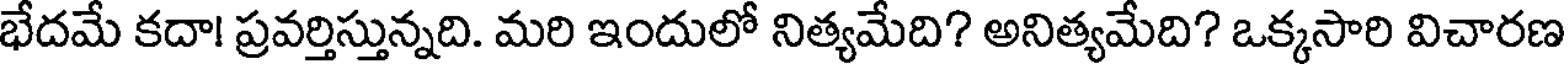
భేదమే కదా! ప్రవర్తిస్తున్నది. మరి ఇందులో నిత్యమేది? అనిత్యమేది? ఒక్కసారి విచారణ